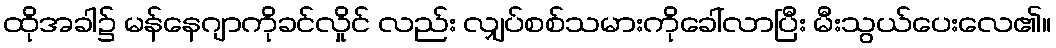
ထိုအခါ၌ မန်နေဂျာကိုခင်လှိုင် လည်း လျှပ်စစ်သမားကိုခေါ်လာပြီး မီးသွယ်ပေးလေ၏။